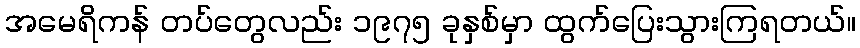
အမေရိကန် တပ်တွေလည်း ၁၉၇၅ ခုနှစ်မှာ ထွက်ပြေးသွားကြရတယ်။